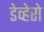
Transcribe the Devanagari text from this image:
डेव्हेरो